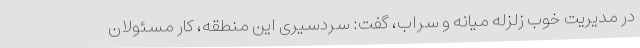
در مدیریت خوب زلزله میانه و سراب، گفت: سردسیری این منطقه، کار مسئولان